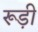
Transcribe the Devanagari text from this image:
रूड़ी